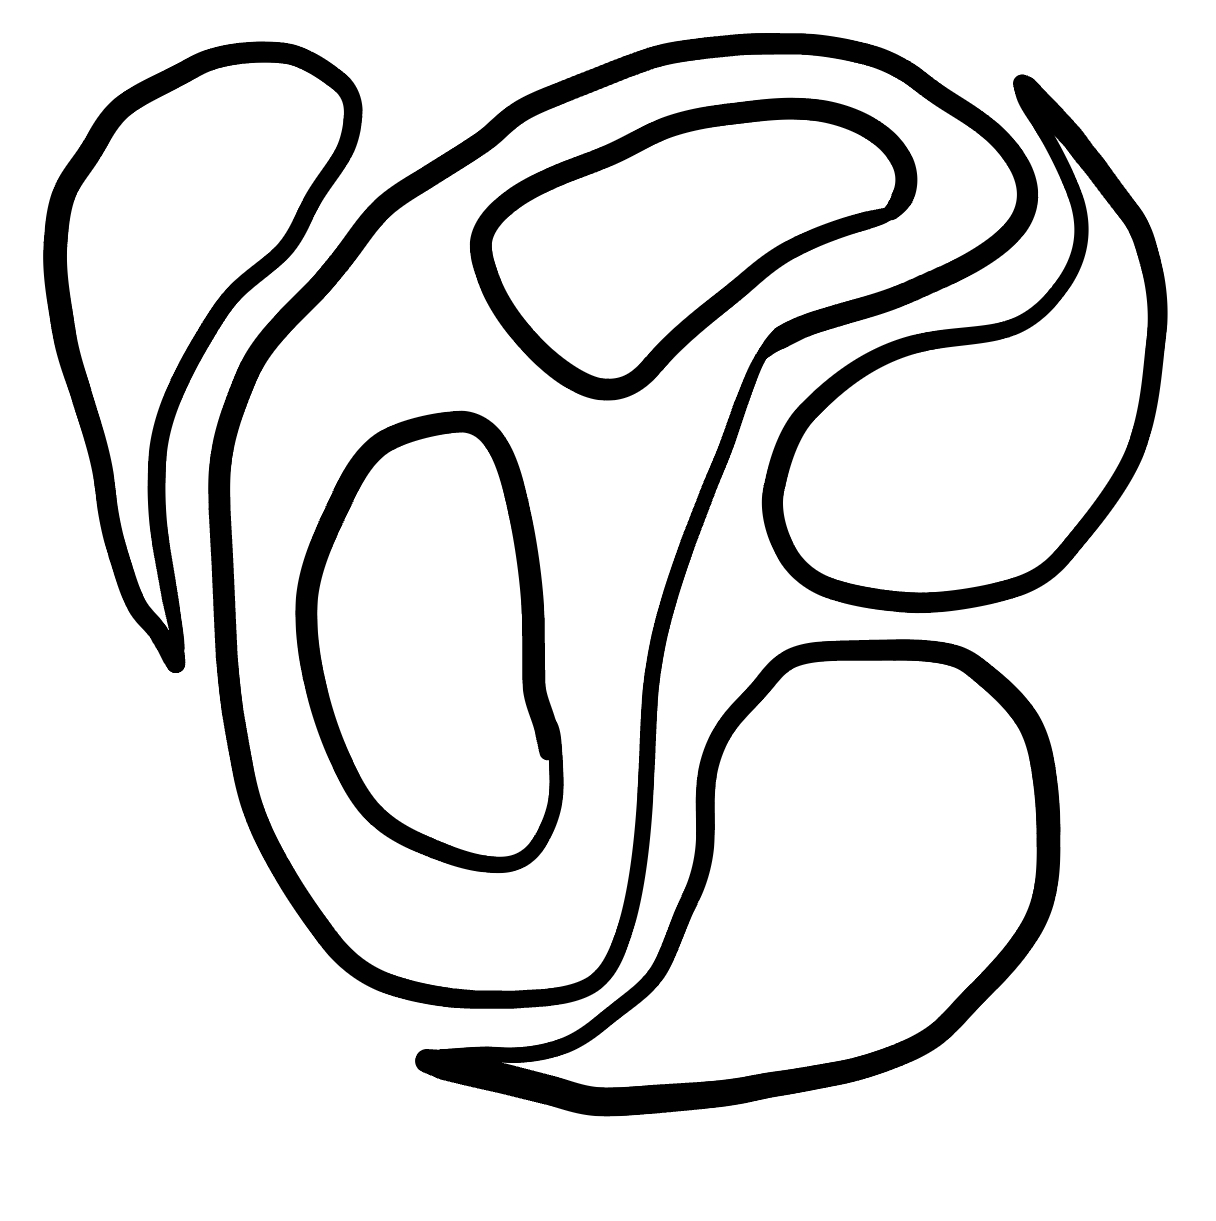
Number of regions (including the outer root region): 7
Containment tree edges (parent, child): 0, 1, 0, 2, 0, 3, 0, 4, 4, 5, 4, 6